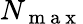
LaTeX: N_{\mathrm{~m~a~x~}}